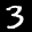
Label: 3